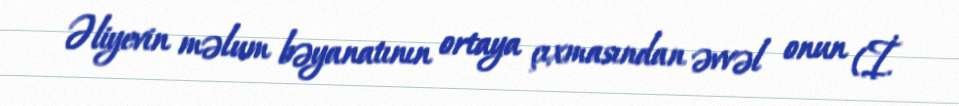
Əliyevin məlum bəyanatının ortaya çıxmasından əvvəl onun (İ.